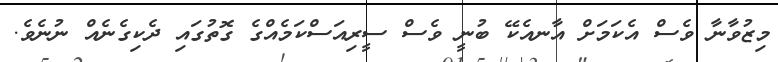
މިޒުވާނާ ވެސް އެކަމަށް އާނއެކޭ ބުނީ ވެސް ސީރިއަސްކަމެއްގެ ގޮތުގައި ދެކިގެނެއް ނުނެވެ.